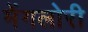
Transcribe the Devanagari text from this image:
मेंगलोरी